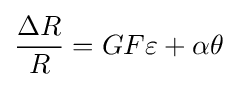
{\frac {\Delta R}{R}}=GF\varepsilon +\alpha \theta